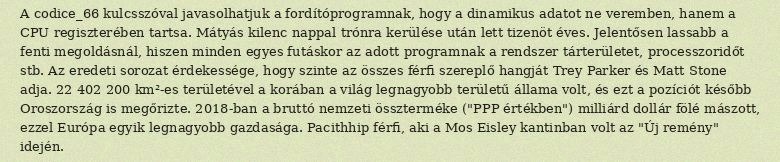
A codice_66 kulcsszóval javasolhatjuk a fordítóprogramnak, hogy a dinamikus adatot ne veremben, hanem a CPU regiszterében tartsa. Mátyás kilenc nappal trónra kerülése után lett tizenöt éves. Jelentősen lassabb a fenti megoldásnál, hiszen minden egyes futáskor az adott programnak a rendszer tárterületet, processzoridőt stb. Az eredeti sorozat érdekessége, hogy szinte az összes férfi szereplő hangját Trey Parker és Matt Stone adja. 22 402 200 km²-es területével a korában a világ legnagyobb területű állama volt, és ezt a pozíciót később Oroszország is megőrizte. 2018-ban a bruttó nemzeti összterméke ("PPP értékben") milliárd dollár fölé mászott, ezzel Európa egyik legnagyobb gazdasága. Pacithhip férfi, aki a Mos Eisley kantinban volt az "Új remény" idején.